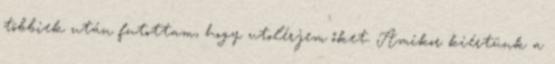
többiek után futottam, hogy utolérjem őket. Amikor kiértünk a